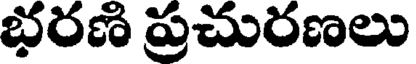
భరణి ప్రచురణలు